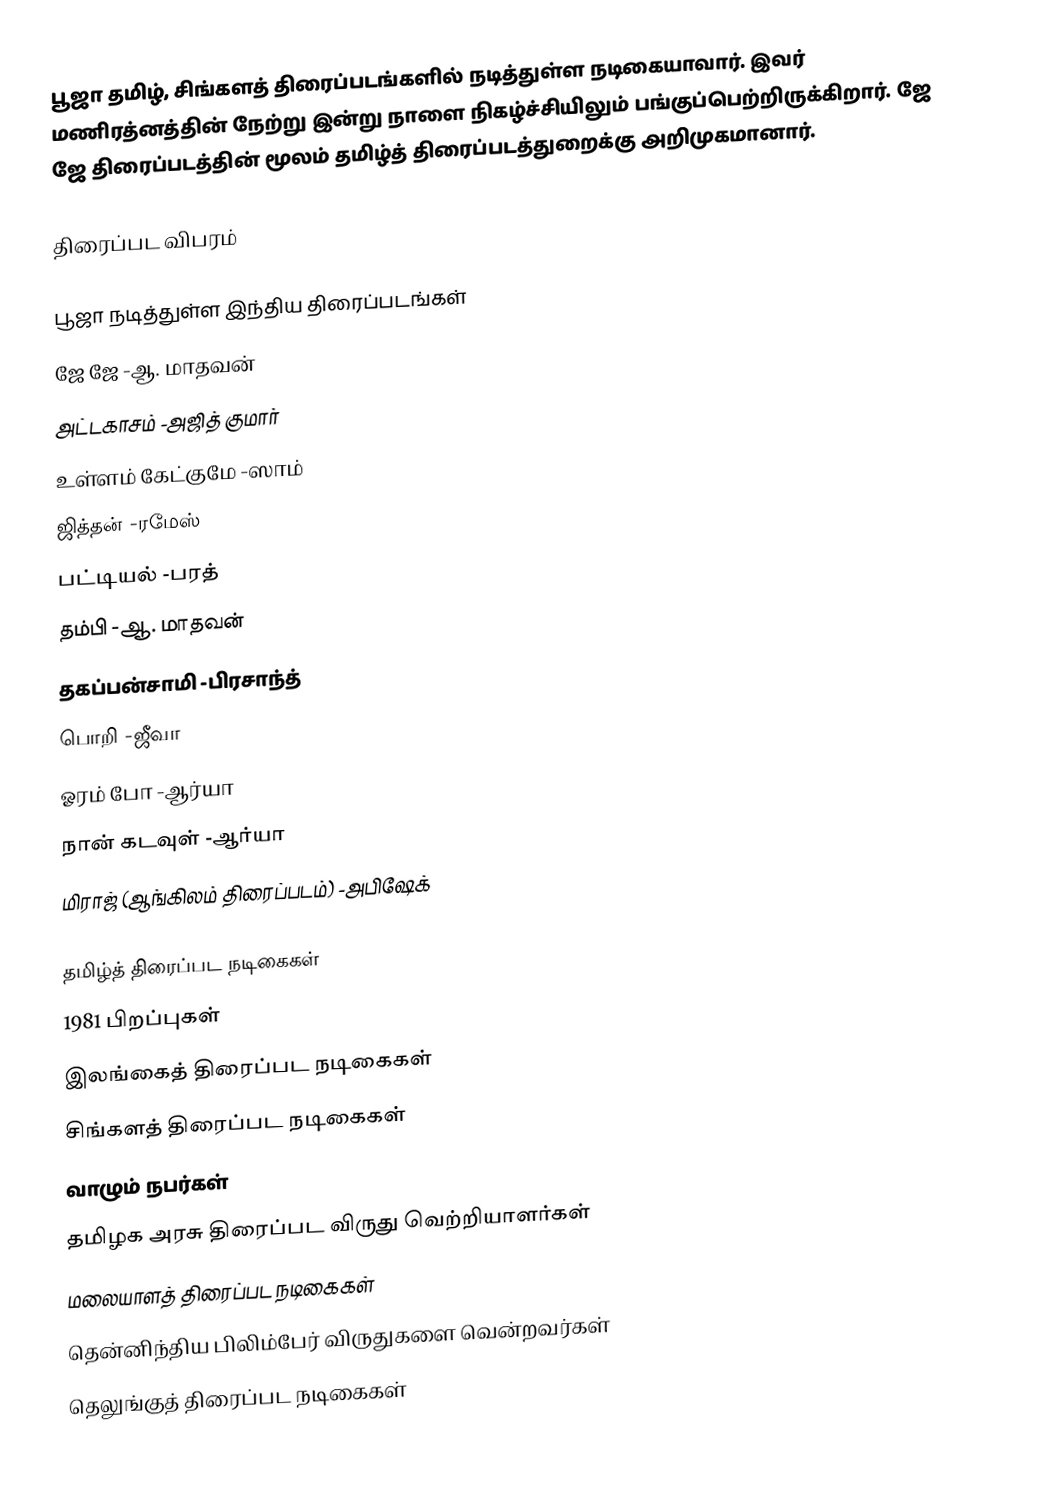
பூஜா தமிழ், சிங்களத் திரைப்படங்களில் நடித்துள்ள நடிகையாவார். இவர் மணிரத்னத்தின் நேற்று இன்று நாளை நிகழ்ச்சியிலும் பங்குப்பெற்றிருக்கிறார். ஜே ஜே திரைப்படத்தின் மூலம் தமிழ்த் திரைப்படத்துறைக்கு அறிமுகமானார்.

திரைப்பட விபரம்

பூஜா நடித்துள்ள இந்திய திரைப்படங்கள்
 ஜே ஜே  -ஆ. மாதவன்
 அட்டகாசம்  -அஜித் குமார்
 உள்ளம் கேட்குமே  -ஸாம்
 ஜித்தன்  -ரமேஸ்
 பட்டியல்  -பரத்
 தம்பி  -ஆ. மாதவன்
 தகப்பன்சாமி  -பிரசாந்த்
 பொறி  -ஜீவா
 ஓரம் போ  -ஆர்யா
 நான் கடவுள்  -ஆர்யா
 மிராஜ் (ஆங்கிலம் திரைப்படம்)  -அபிஷேக்

தமிழ்த் திரைப்பட நடிகைகள்
1981 பிறப்புகள்
இலங்கைத் திரைப்பட நடிகைகள்
சிங்களத் திரைப்பட நடிகைகள்
வாழும் நபர்கள்
தமிழக அரசு திரைப்பட விருது வெற்றியாளர்கள்
மலையாளத் திரைப்பட நடிகைகள்
தென்னிந்திய பிலிம்பேர் விருதுகளை வென்றவர்கள்
தெலுங்குத் திரைப்பட நடிகைகள்